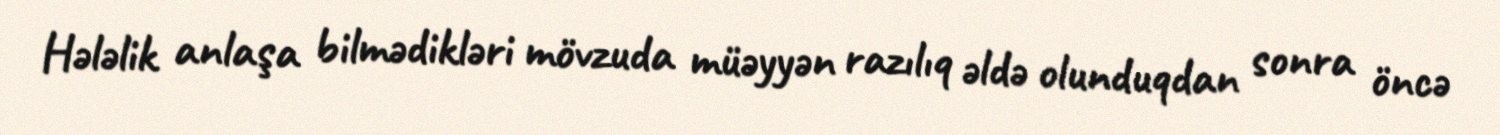
Hələlik anlaşa bilmədikləri mövzuda müəyyən razılıq əldə olunduqdan sonra öncə